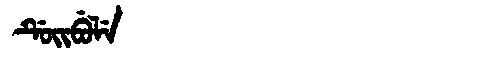
Manchu: ᡩᡠᡳᠪᡠᠯᡝ
Romanization: DUIBULE